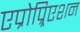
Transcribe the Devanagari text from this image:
एप्रोप्र्रिएशन